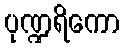
ပုဏ္ဍရိကော